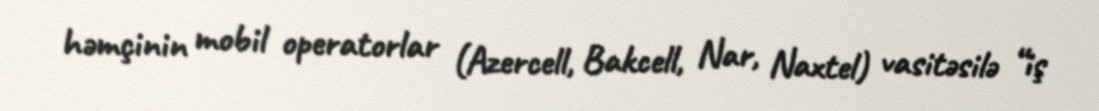
həmçinin mobil operatorlar (Azercell, Bakcell, Nar, Naxtel) vasitəsilə “iş